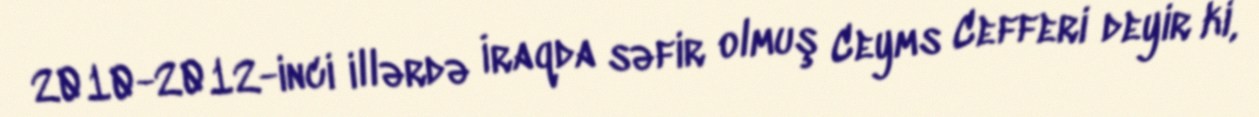
2010-2012-inci illərdə İraqda səfir olmuş Ceyms Cefferi deyir ki,